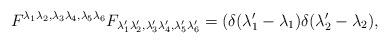
\begin{align*}F^{\lambda_1 \lambda_2 , \lambda_3 \lambda_4 , \lambda_5 \lambda_6}F_{\lambda'_1 \lambda'_2 , \lambda'_3 \lambda'_4 , \lambda'_5 \lambda'_6}=\left(\delta (\lambda'_1-\lambda_1)\delta (\lambda'_2-\lambda_2),\right.\end{align*}